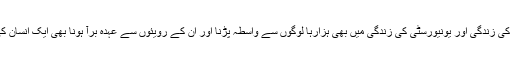
قبل ازین اسکول کی زندگی، کالج کی زندگی اور یونیورسٹی کی زندگی میں بھی ہزارہا لوگوں سے واسطہ پڑنا اور اُن کے رویئوں سے عہدہ برآ ہونا بھی ایک انسان کی کامیاب زندگی کی علامت ہے۔